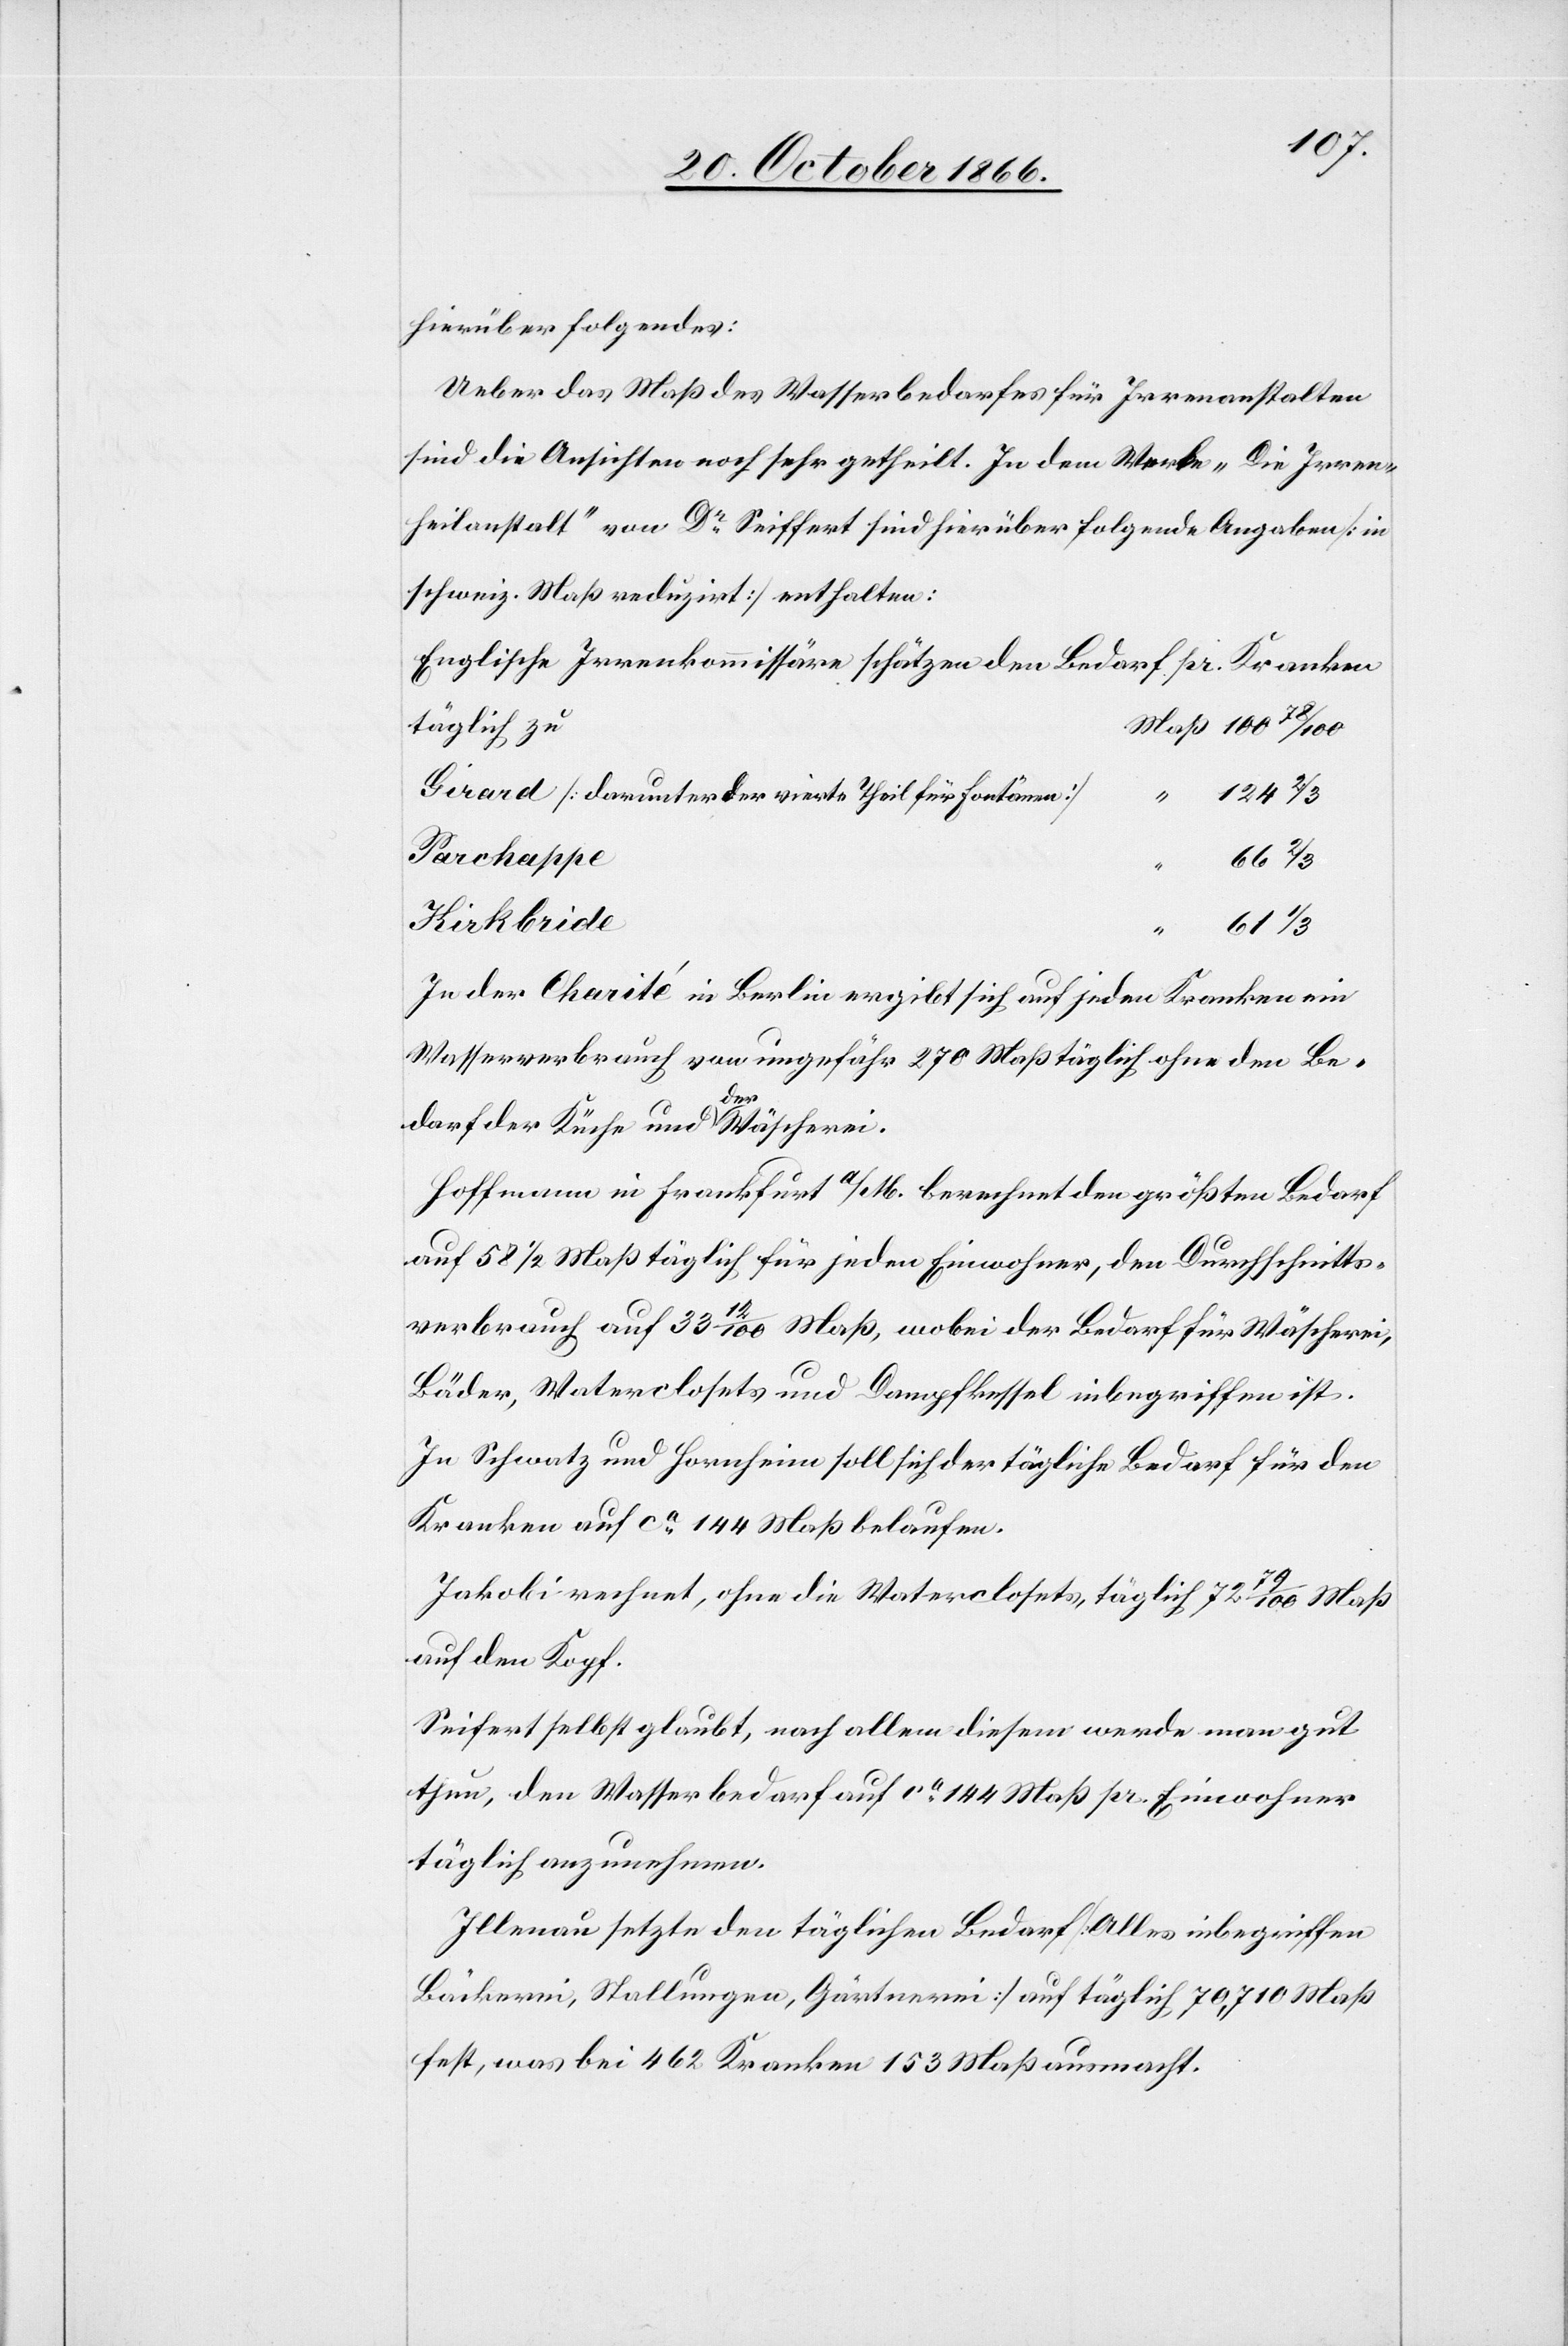
hierüber folgendes:
Ueber das Maß des Wasserbedarfes für Irrenanstalten
sind die Ansichten noch sehr getheilt. In dem Werke „Die Irren¬
heilanstalt“ von Dr. Seiffert sind hierüber folgende Angaben [in
schweiz. Maß reduzirt] enthalten:
Englische Irrenkommissäre schätzen den Bedarf pr. Kranken
täglich zu
Girard [darunter der vierte Theil für Fontänen]
124 2/3
Parchappe
61 1/3
Kirkbride
In der Charité in Berlin ergibt sich auf jeden Kranken ein
Wasserverbrauch von ungefähr 270 Maß täglich ohne den Be¬
darf der Küche und der Wäscherei.
Hoffmann in Frankfurt a/M. berechnet den größten Bedarf
auf 58 ½ Maß täglich für jeden Einwohner, den Durchschnitts¬
verbrauch auf 33 12/100 Maß, wobei der Bedarf für Wäscherei,
Bäder, Waterclosets und Dampfkessel inbegriffen ist.
In Schwatz und Hornheim soll sich der tägliche Bedarf für den
Kranken auf ca. 144 Maß belaufen.
Jakobi rechnet, ohne die Waterclosets, täglich 72 79/100 Maß
auf den Kopf.
Seifert [sic!] selbst glaubt, nach allem diesem werde man gut
thun, den Wasserbedarf auf ca. 144 Maß pr. Einwohner
täglich anzunehmen.
Illenau setzte den täglichen Bedarf [Alles inbegriffen
Bäckerei, Stallungen, Gärtnerei] auf täglich 70 710 Maß
fest, was bei 462 Kranken 153 Maß ausmacht.